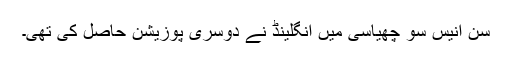
سن اُنیس سو چھیاسی میں انگلینڈ نے دوسری پوزیشن حاصل کی تھی۔